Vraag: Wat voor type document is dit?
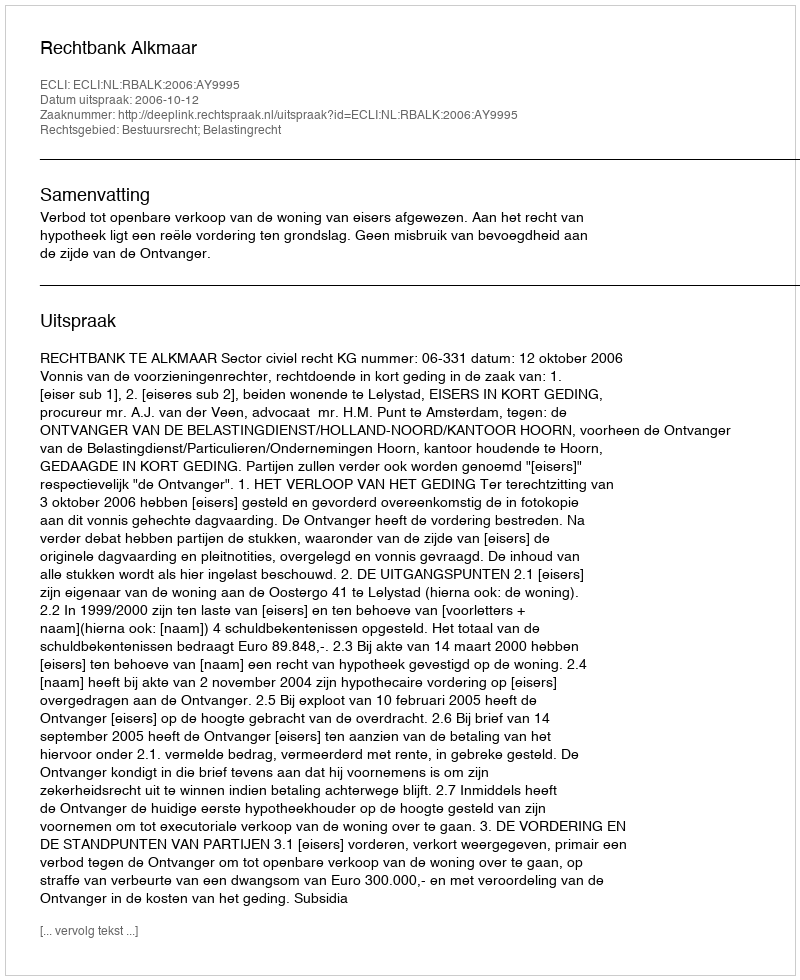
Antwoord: Uitspraak